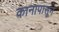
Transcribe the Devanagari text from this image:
कानापासून